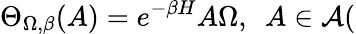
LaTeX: \Theta_{\Omega,\beta}(A)=e^{-\beta H}A\Omega,\, \, \, A\in\mathcal{A}(